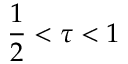
\frac { 1 } { 2 } < \tau < 1